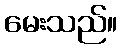
မေးသည်။